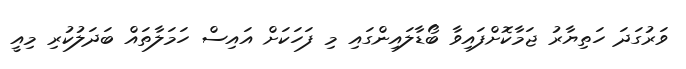
ވަރުގަދަ ހަތިޔާރު ޖަމާކޮށްފައިވާ ބޯޑާލައިންގައި މި ފަހަކަށް އައިސް ހަމަލާތައް ބަދަލުކުރި މިއީ